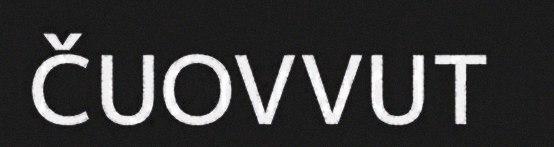
ČUOVVUT